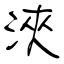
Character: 浹